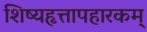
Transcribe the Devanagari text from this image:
शिष्यहृत्तापहारकम्